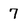
Character: 7